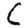
Digit: 6